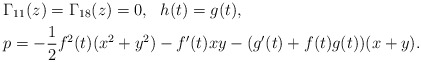
\begin{align*} & \Gamma_{11}(z)=\Gamma_{18}(z)=0, \ \ h(t)=g(t),\\& p=-\frac{1}{2}f^{2}(t)(x^{2}+y^{2})-f^{\prime}(t)xy-(g^{\prime}(t)+f(t)g(t))(x+y).\end{align*}